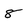
Character: 8